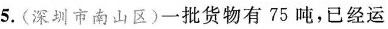
5.(深圳市南山区）一批货物有75吨，已经运